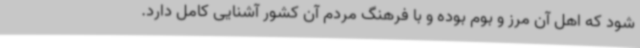
شود که اهل آن مرز و بوم بوده و با فرهنگ مردم آن کشور آشنایی کامل دارد.